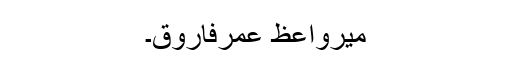
میرواعظ عمرفاروق۔